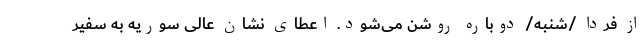
از فردا /شنبه/ دوباره روشن می‌شود. اعطای نشان عالی سوریه به سفیر